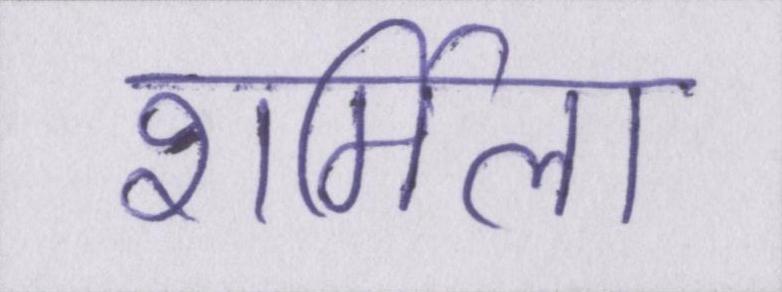
शर्मिला